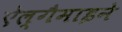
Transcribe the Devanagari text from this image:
ऐल्गैमाइने